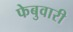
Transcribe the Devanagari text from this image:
फेबुवारी